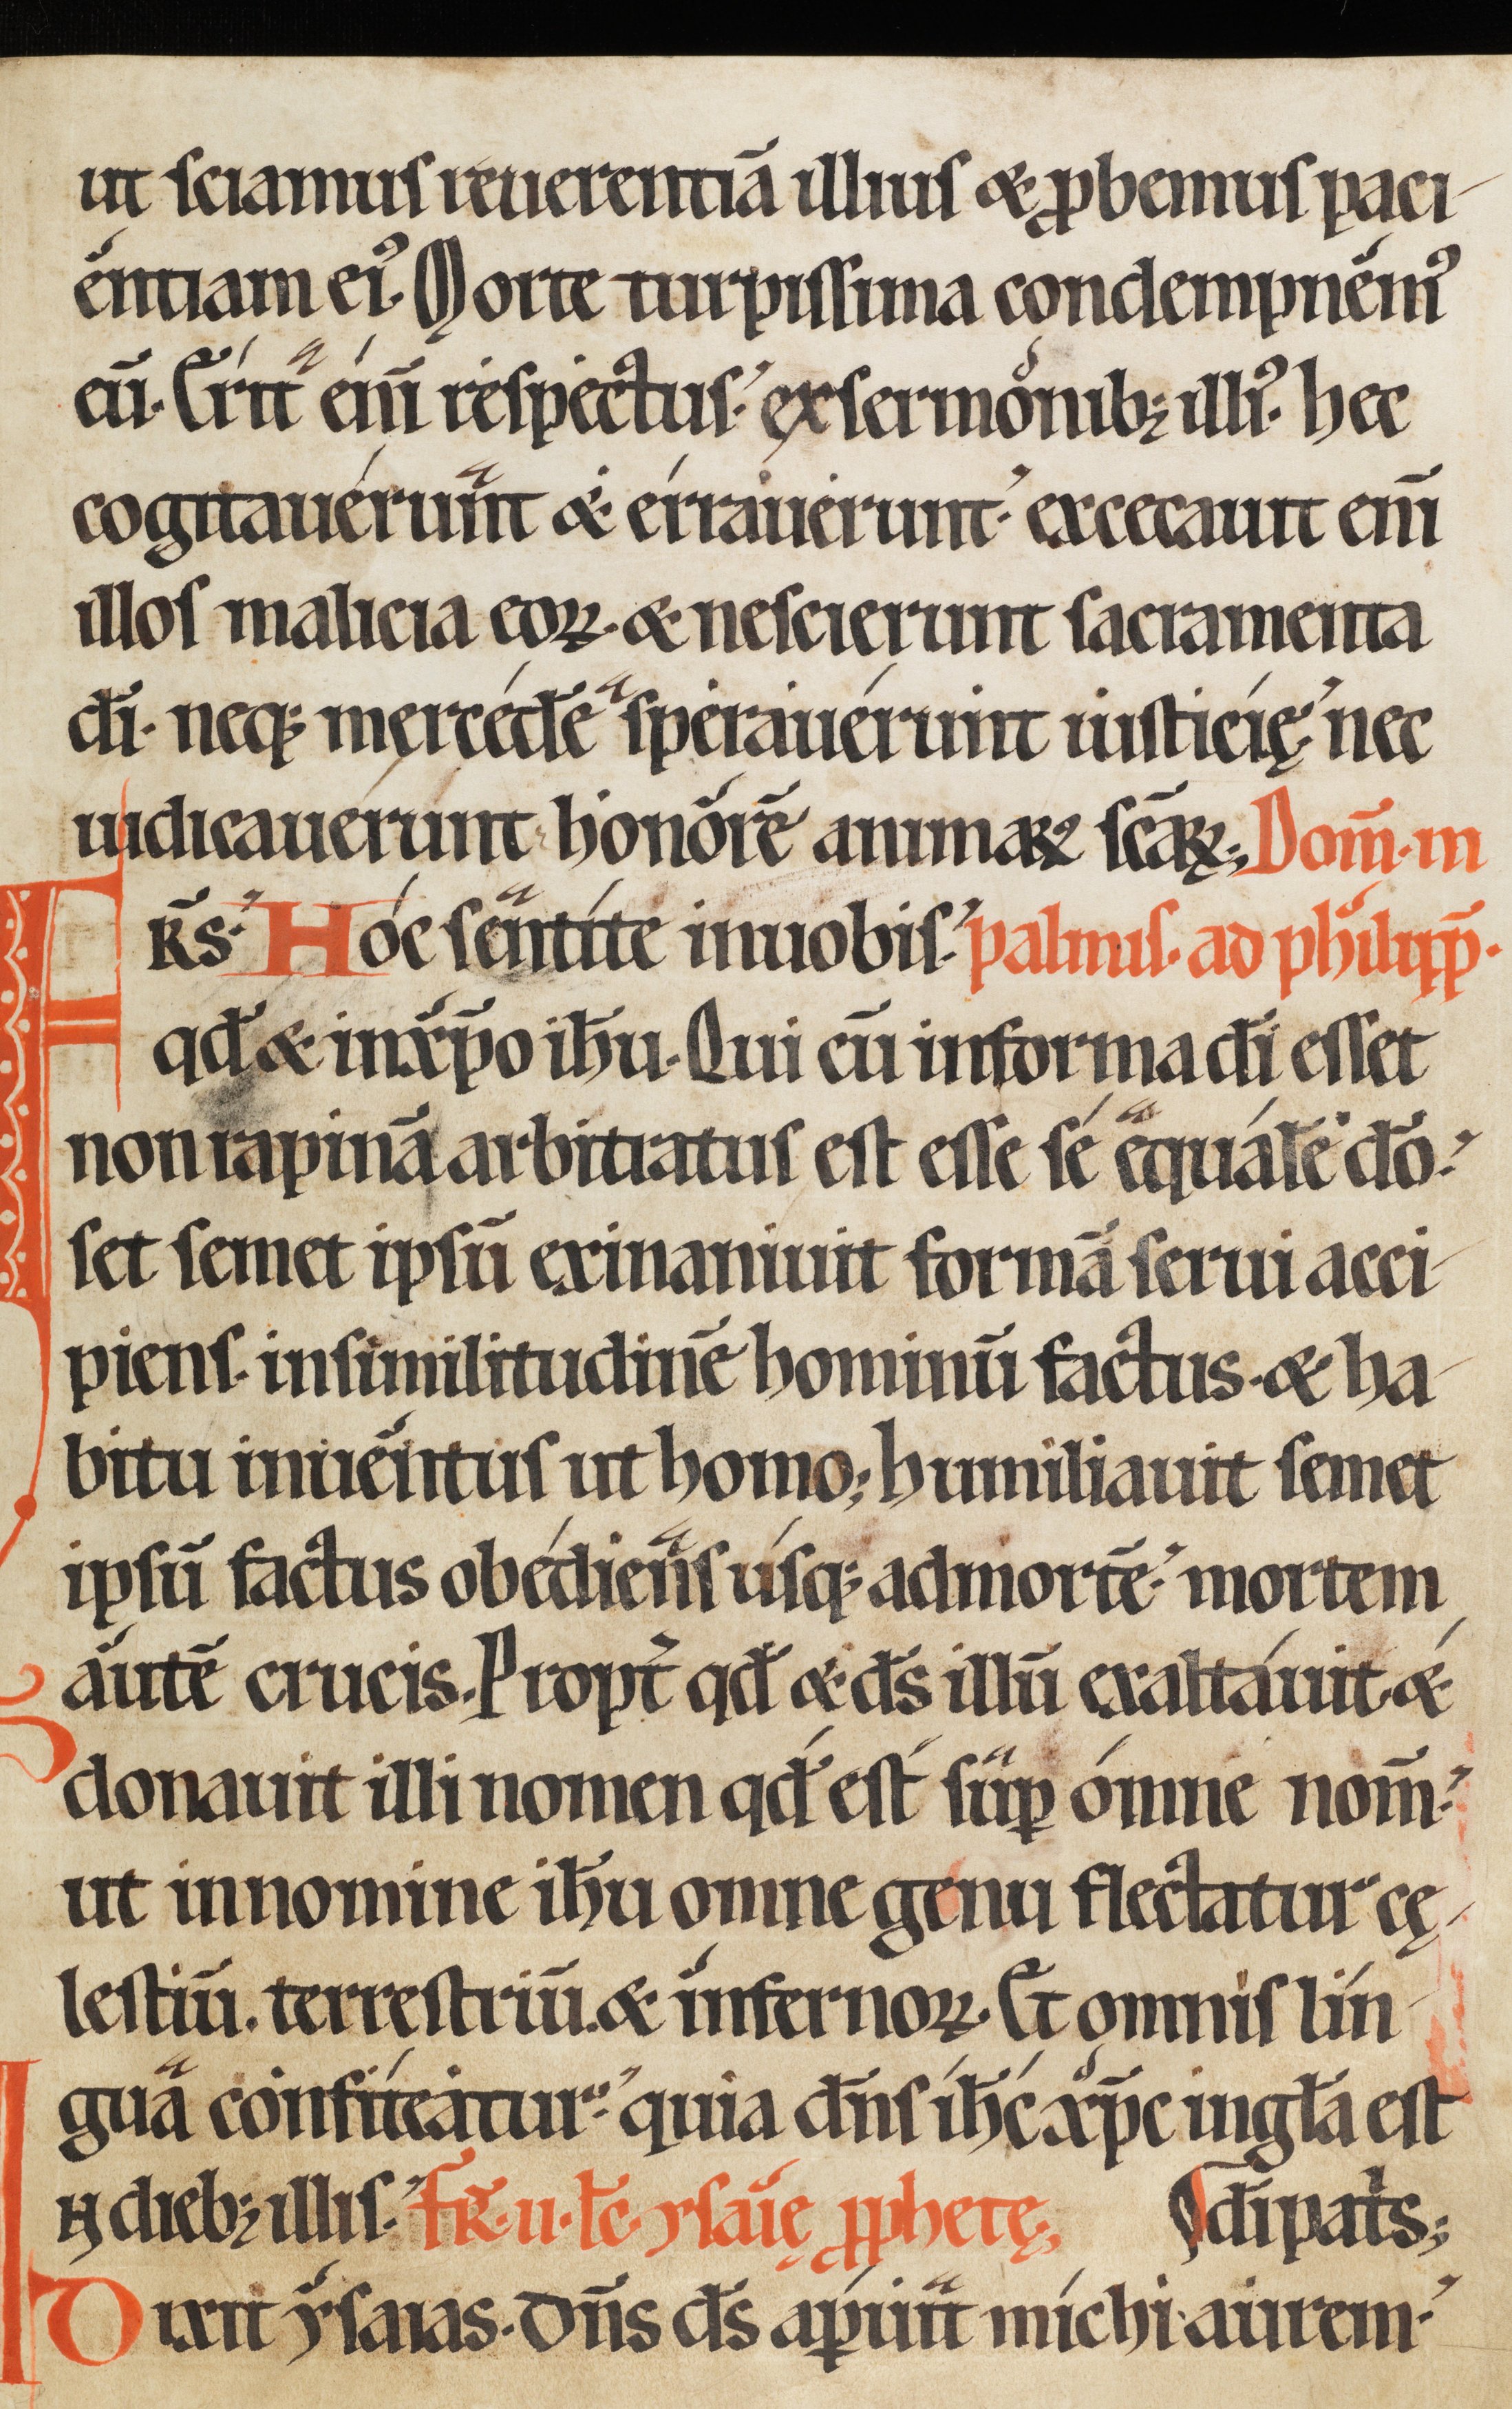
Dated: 1150–1199